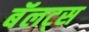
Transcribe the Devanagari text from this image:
बॅलट्स